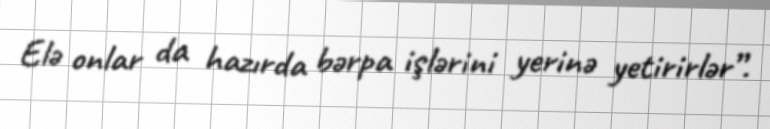
Elə onlar da hazırda bərpa işlərini yerinə yetirirlər”.